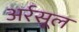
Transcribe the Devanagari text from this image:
अर्रसूल